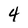
Character: 4